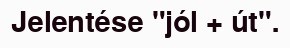
Jelentése "jól + út".